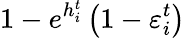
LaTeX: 1-e^{h_{i}^{t}}\left(1-\varepsilon_{i}^{t}\right)